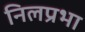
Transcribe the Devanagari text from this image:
निलप्रभा